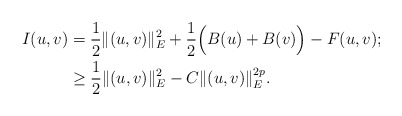
\begin{align*}I(u,v)&=\frac{1}{2}\|(u,v)\|_{E}^{2}+\frac{1}{2}\Big(B(u)+B(v)\Big)-F(u,v);\\&\geq\frac{1}{2}\|(u,v)\|_{E}^{2}-C\|(u,v)\|_{E}^{2p}.\end{align*}